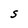
Character: S